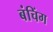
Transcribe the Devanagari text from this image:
बंचिंग